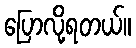
ပြောလို့ရတယ်။